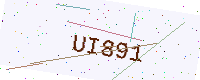
Text: UI891